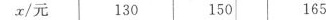
x/元 130 150 165